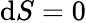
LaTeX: \mathrm{d}S=0